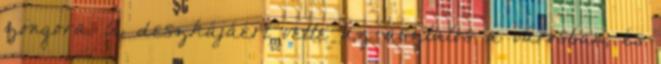
zongora. A deszkájáért vette az asztalos a városban, és